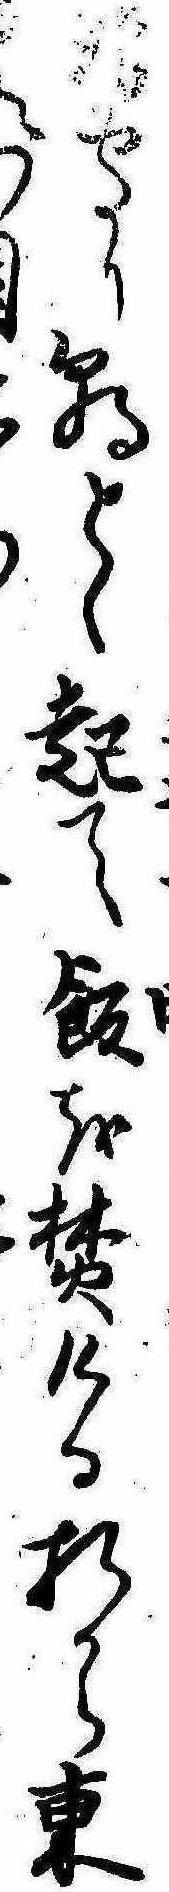
坊守り朝とく起て飯を焚ける折から東